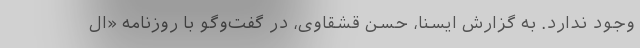
وجود ندارد. به گزارش ایسنا، حسن قشقاوی، در گفت‌وگو با روزنامه «ال